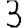
Digit: 3